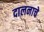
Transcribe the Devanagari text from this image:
दालनाचे